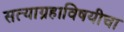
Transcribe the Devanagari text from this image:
सत्याग्रहाविषयीचा